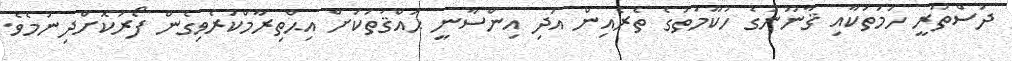
ދުސްތޫރީ ހަމަތަކާއި ޤާނޫނުގެ ހުކޫމަތުގެ ތެރެއިން އަދި އިންސާނީ ޙައްޤުތަކަށް އިޙްތިރާމްކުރެވިގެން ފޯރުކޮށްދިނުމެވެ.